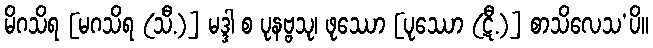
မိဂသိရ [မဂသိရ (သီ.)] မဒ္ဒါ စ ပုနဗ္ဗသု၊ ဖုဿော [ပုဿော (ဋီ.)] စာသိလေသ’ပိ။